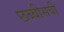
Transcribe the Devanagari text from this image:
छब्बीसवी